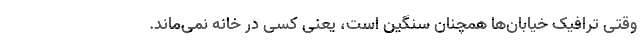
وقتی ترافیک خیابان‌ها همچنان سنگین است، یعنی کسی در خانه‌ نمی‌ماند.